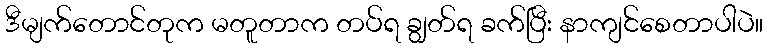
ဒီမျက်တောင်တုက မတူတာက တပ်ရ ချွတ်ရ ခက်ပြီး နာကျင်စေတာပါပဲ။